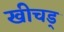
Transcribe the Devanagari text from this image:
खीचड्